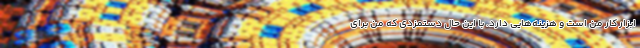
ابزار کار من است و هزینه‌هایی دارد. با این حال دستمزدی که من برای